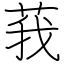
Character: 莪